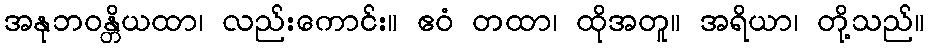
အနုဘဝန္တိယထာ၊ လည်းကောင်း။ ဧဝံ တထာ၊ ထိုအတူ။ အရိယာ၊ တို့သည်။